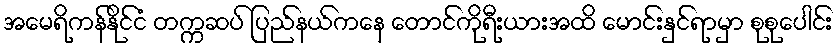
အမေရိကန်နိုင်ငံ တက္ကဆပ် ပြည်နယ်ကနေ တောင်ကိုရီးယားအထိ မောင်းနှင်ရာမှာ စုစုပေါင်း